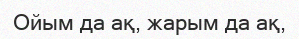
Ойым да ақ, жарым да ақ,